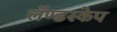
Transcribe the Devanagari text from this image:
लॅण्डस्केप